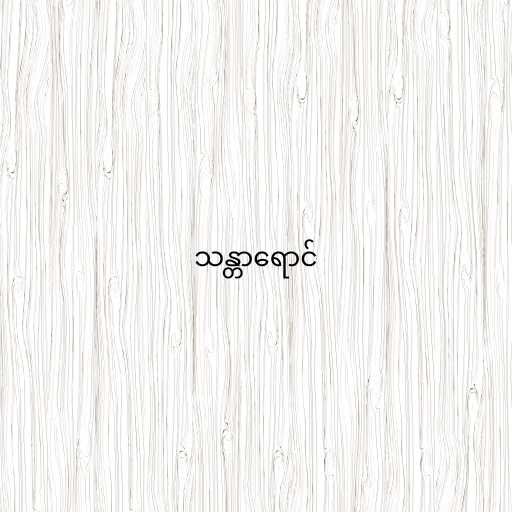
သန္တာရောင်